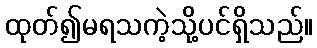
ထုတ်၍မရသကဲ့သို့ပင်ရှိသည်။